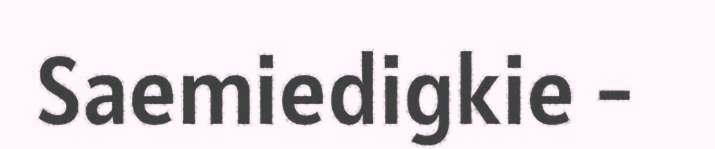
Saemiedigkie -